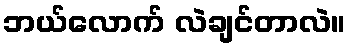
ဘယ်လောက် လဲချင်တာလဲ။